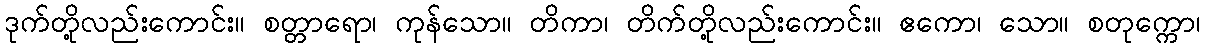
ဒုက်တို့လည်းကောင်း။ စတ္တာရော၊ ကုန်သော။ တိကာ၊ တိက်တို့လည်းကောင်း။ ဧကော၊ သော။ စတုက္ကော၊